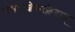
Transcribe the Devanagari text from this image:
चर्मराशेरूत्क्लेदात्